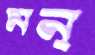
মন্